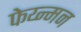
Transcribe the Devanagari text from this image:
फेय्न्मन